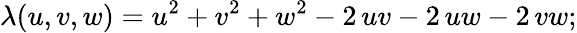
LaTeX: \lambda(u,v,w)=u^{2}+v^{2}+w^{2}-2\, uv-2\, uw-2\, vw;